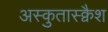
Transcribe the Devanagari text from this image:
अस्कुतास्क्वैश